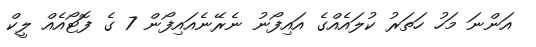
އަންނަ މަހު ހަތަރު ކުލައެއްގެ އައިފޯނު ނެރޭނެއައިފޯން 7 ގެ ފޮޓޯއެއް ލީކް